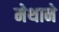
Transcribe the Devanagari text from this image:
मेथाने